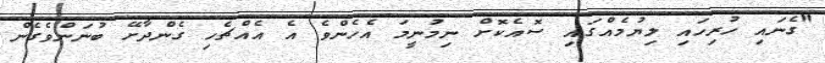
"ގެނައި ހުރިހައި ލިޔުމެއްގައި ސޮއެކޮށް ނިމުނީމަ އެހެންވެ އެ އެއްޗެހި ގެންދާށޭ ބުނަންވެގެން